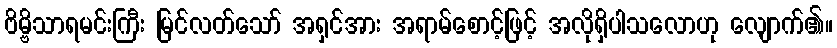
ဗိမ္ဗိသာရမင်းကြီး မြင်လတ်သော် အရှင်အား အရာမ်စောင့်ဖြင့် အလိုရှိပါသလောဟု လျောက်၏။